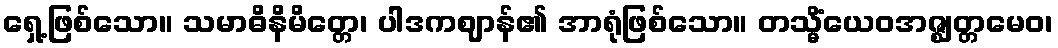
ရှေ့ဖြစ်သော။ သမာဓိနိမိတ္တေ၊ ပါဒကဈာန်၏ အာရုံဖြစ်သော။ တသ္မိံယေဝအဇ္ဈတ္တမေဝ၊